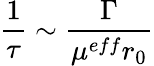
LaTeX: \frac{1}{\tau}\sim\frac{\Gamma}{\mu^{eff}r_{0}}